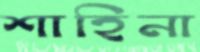
শাহিনা